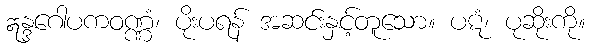
ဣန္ဒဂေါပကဝဏ္ဏံ၊ ပိုးပရန် အဆင်းနှင့်တူသော။ ပဋံ၊ ပုဆိုးကို။